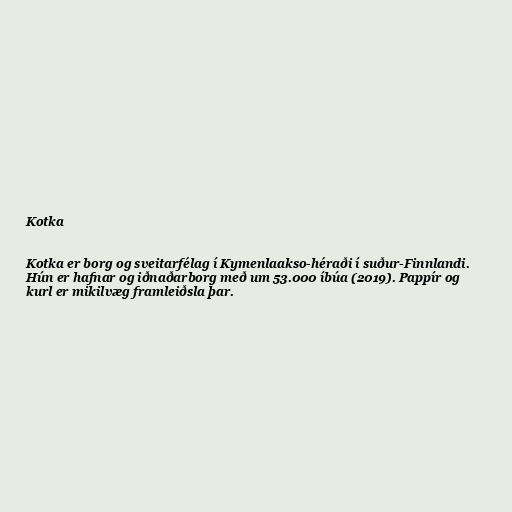
Kotka

Kotka er borg og sveitarfélag í Kymenlaakso-héraði í suður-Finnlandi.
Hún er hafnar og iðnaðarborg með um 53.000 íbúa (2019). Pappír og
kurl er mikilvæg framleiðsla þar.